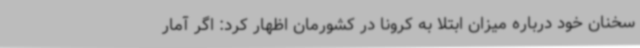
سخنان خود درباره میزان ابتلا به کرونا در کشورمان اظهار کرد: اگر آمار